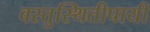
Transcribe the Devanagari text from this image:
वस्तुस्थितीपायी